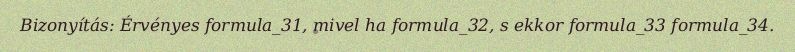
Bizonyítás: Érvényes formula_31, mivel ha formula_32, s ekkor formula_33 formula_34.